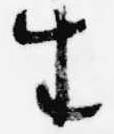
生